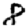
Digit: 8